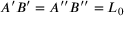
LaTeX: A ^ { \prime } B ^ { \prime } = A ^ { \prime \prime } B ^ { \prime \prime } = L _ { 0 }